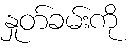
နှုတ်ခမ်းကို